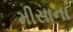
મીસાના